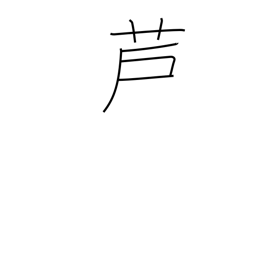
Meaning: bullrush